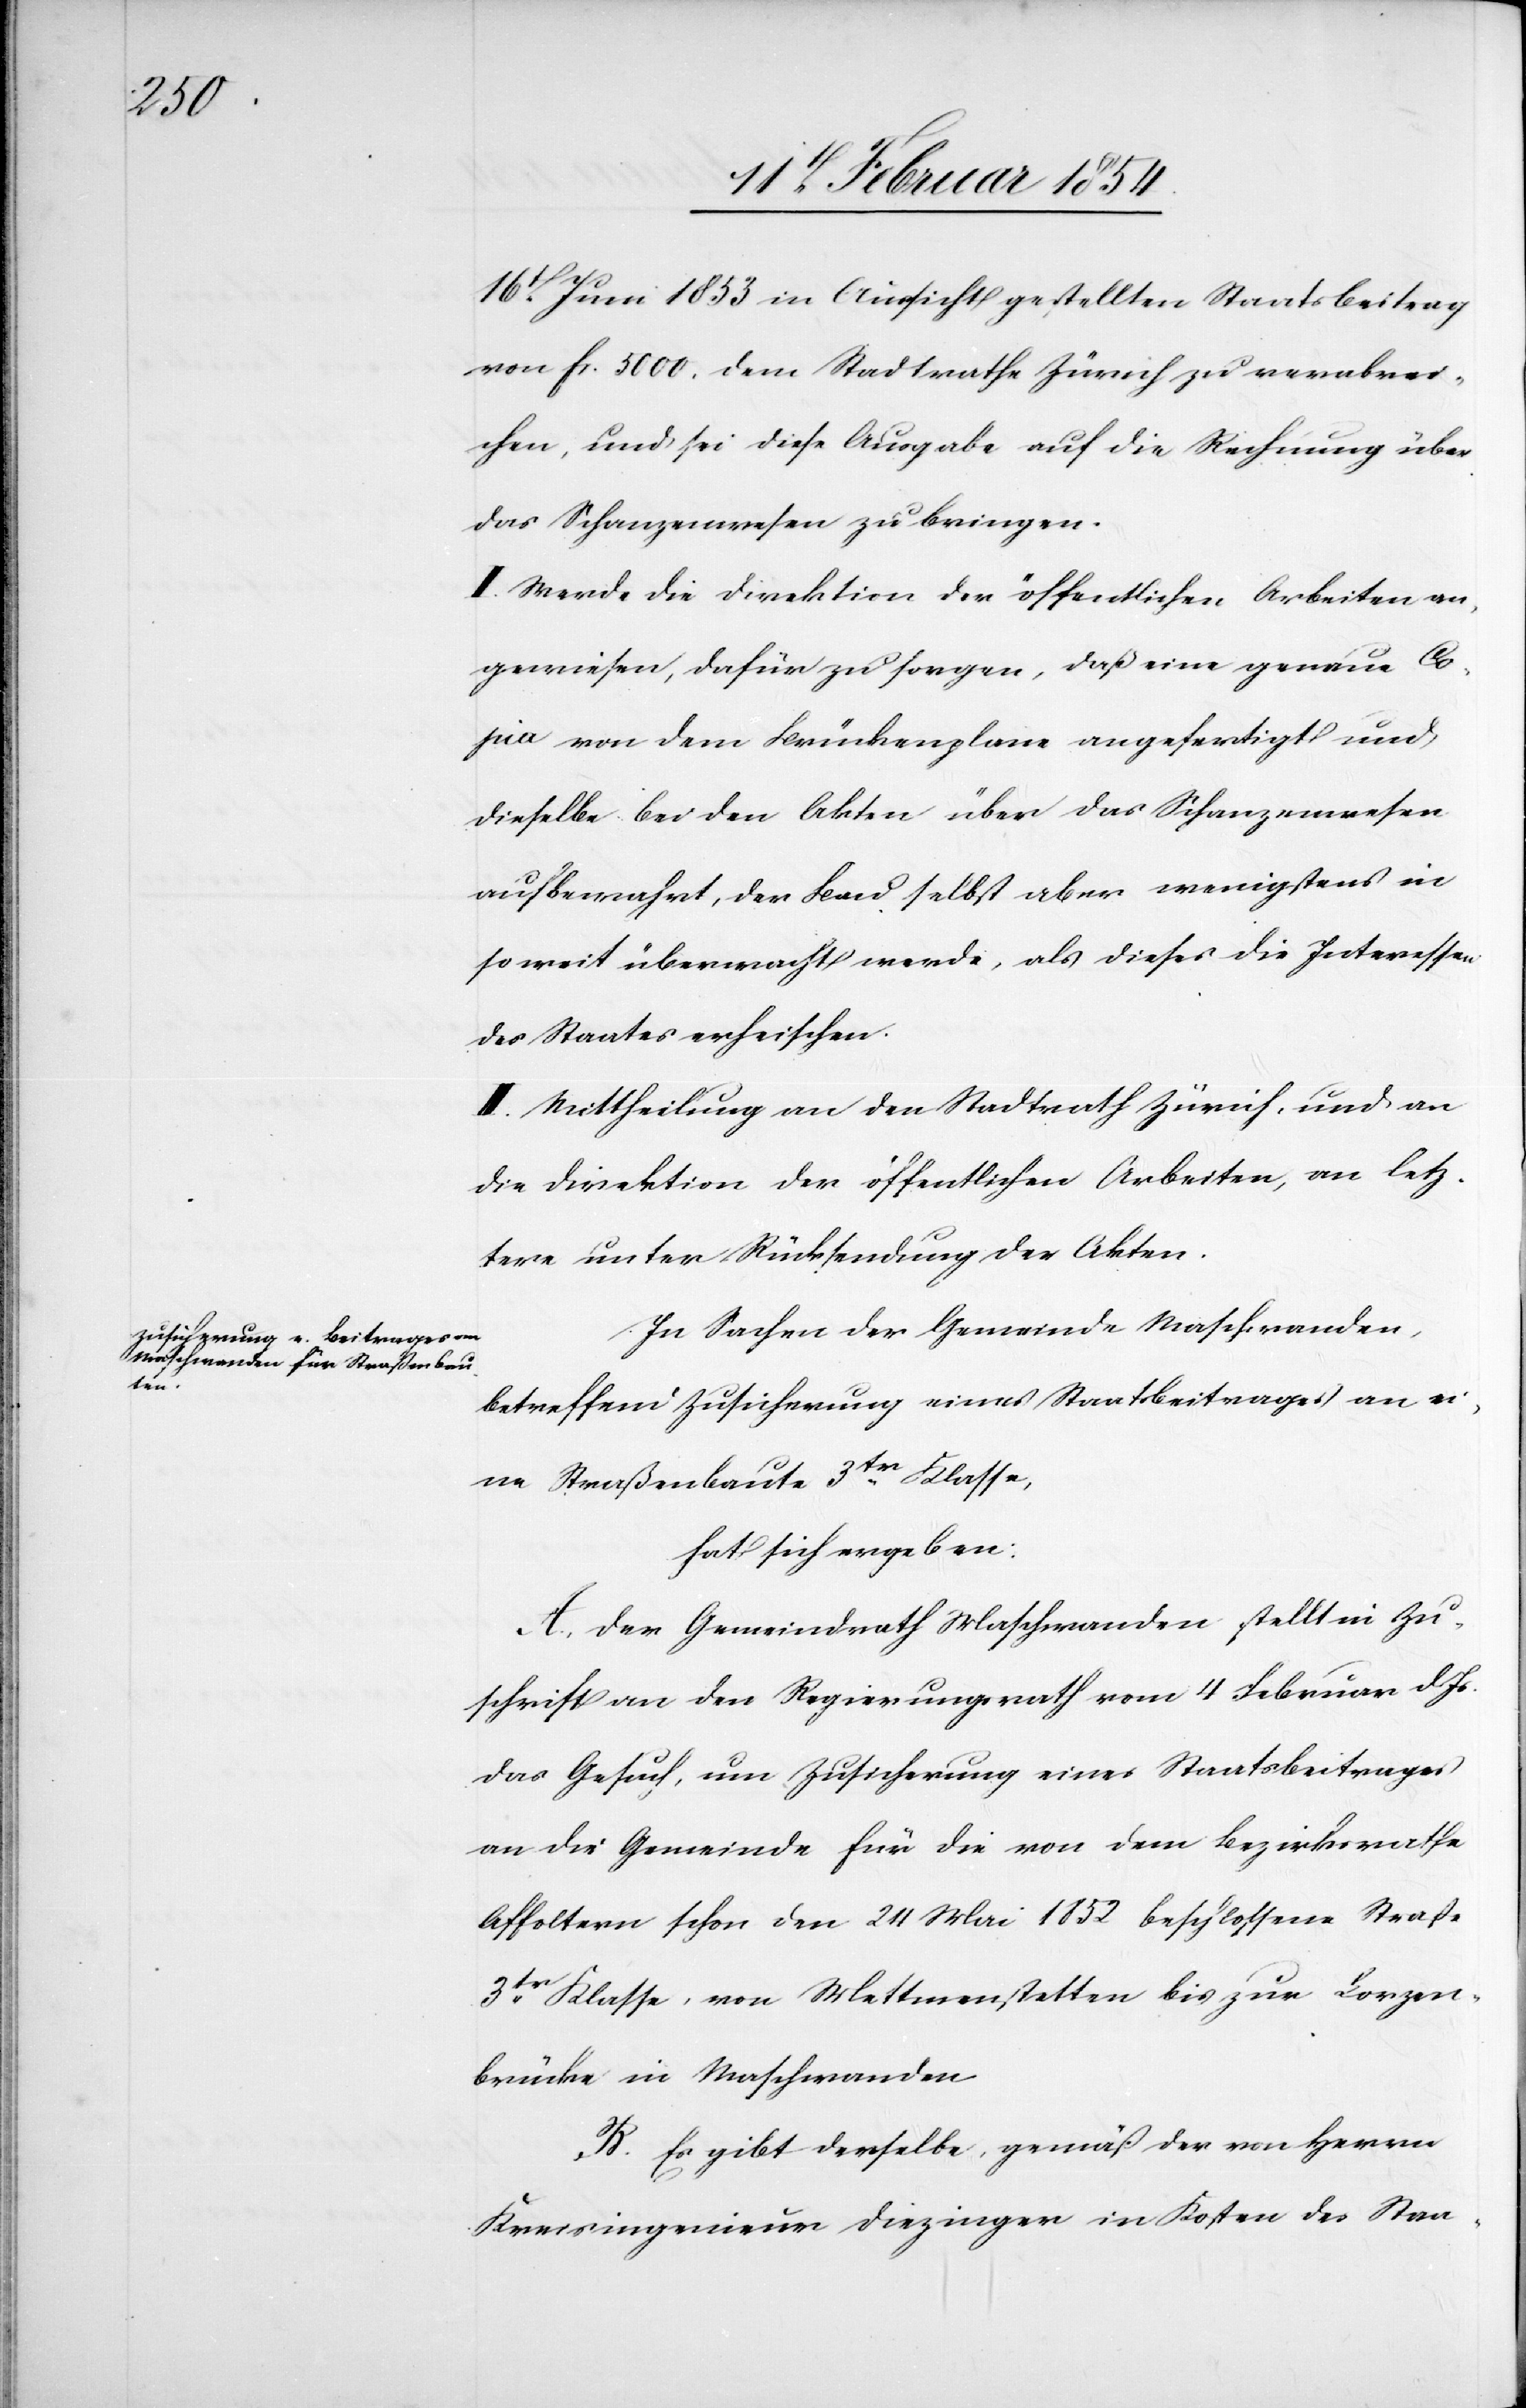
16t Juni 1853 in Aussicht gestellten Staatsbeitrag
von Fs. 5000. dem Stadtrathe Zürich zu verabrei¬
chen, und sei diese Ausgabe auf die Rechnung über
das Schanzenwesen zu bringen.
II. Werde die Direktion der öffentlichen Arbeiten an¬
gewiesen, dafür zu sorgen, daß eine genaue Co¬
pia von dem Brückenplane angefertigt und
dieselbe bei den Akten über das Schanzenwesen
aufbewahrt, der Bau selbst aber wenigsten in
so weit überwacht werde, als dieses [sic!] die Interessen
des Staates erheischen.
III. Mittheilung an den Stadtrath Zürich, und an
die Direktion der öffentlichen Arbeiten, an letz¬
tere unter Rücksendung der Akten.
In Sachen der Gemeinde Maschwanden,
betreffend Zusicherung eines Staatsbeitrages an ei¬
ne Straßenbaute 3tr Klasse,
hat sich ergeben:
A. Der Gemeindrath Maschwanden stellt mit Zu¬
schrift an den Regierungsrath vom 4 Februar d. Js.
das Gesuch, um Zusicherung eines Staatsbeitrages
an die Gemeinde für die von dem Bezirksrathe
Affoltern schon den 24 Mai 1852 beschlossene Straße
3tr Klasse, von Mettmenstetten bis zur Lorzen¬
brücke in Maschwanden.
B. Es gibt derselbe, gemäß der von Herrn
Kreisingenieur Diezinger in Kosten des Staa-